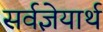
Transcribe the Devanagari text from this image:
सर्वज्ञेयार्थ